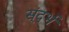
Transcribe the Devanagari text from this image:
स्ंदर्भ